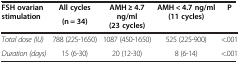
<table><thead><tr><td rowspan="2"><b>FSH ovarian stimulation</b></td><td><b>All cycles</b></td><td rowspan="2"><b>AMH ≥ 4.7 ng/ml (23 cycles)</b></td><td rowspan="2"><b>AMH &lt; 4.7 ng/ml (11 cycles)</b></td><td rowspan="2"><b>P</b></td></tr><tr><td><b>(n = 34)</b></td></tr></thead><tbody><tr><td><i>Total dose (IU)</i></td><td>788 (225-1650)</td><td>1087 (450-1650)</td><td>525 (225-900)</td><td>&lt;.001</td></tr><tr><td><i>Duration (days)</i></td><td>15 (6-30)</td><td>20 (12-30)</td><td>8 (6-14)</td><td>&lt;.001</td></tr></tbody></table>